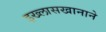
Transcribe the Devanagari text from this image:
इख्लासखानाने